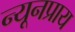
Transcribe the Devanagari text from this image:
न्यूनप्राय